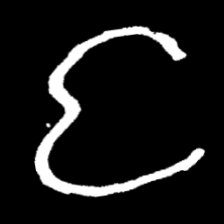
Pyu character \u2014 Myanmar letter: င (romanized: nga)